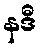
နဒီ